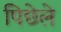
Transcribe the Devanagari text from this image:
पिछेले